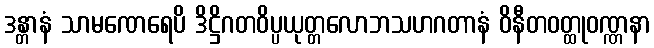
ဒန္တာနံ သာမဏေရေပိ ဒိဋ္ဌိဂတဝိပ္ပယုတ္တလောဘသဟဂတာနံ ဝိနီတဝတ္ထုဝဏ္ဏနာ